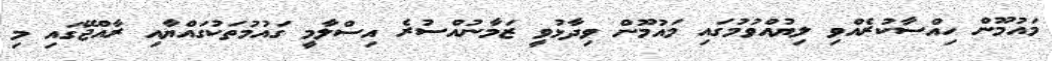
މައުމޫން ހިއްސާކުރެއްވި ލިޔުއްވުމުގައި މައުމޫން ވިދާޅުވީ ޒަމާނުއްސުރެ އިސްލާމީ ގައުމުތަކުގައްޔާއި ރާއްޖޭގައި މި